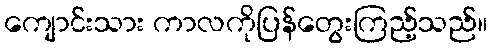
ကျောင်းသား ကာလကိုပြန်တွေးကြည့်သည်။